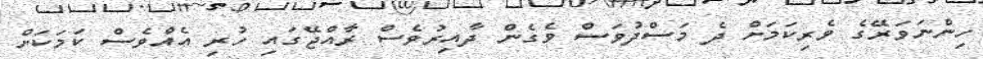
ހިންނަވަރޭގެ ވެރިކަމަށް ދެ މަސްދުވަސް ވެގެން ދާއިރުވެސް ރާއްޖޭގައި ހުރި އެއްވެސް ކަމަކަށް